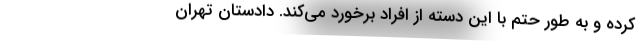
کرده و به طور حتم با این دسته از افراد برخورد می‌کند. دادستان تهران